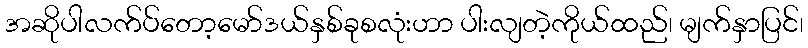
အဆိုပါလက်ပ်တော့မော်ဒယ်နှစ်ခုစလုံးဟာ ပါးလျတဲ့ကိုယ်ထည်၊ မျက်နှာပြင်၊